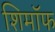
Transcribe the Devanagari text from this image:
शिमॉफ